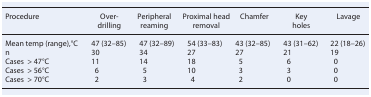
<table><thead><tr><td><b>Procedure</b></td><td><b>Over-drilling</b></td><td><b>Peripheral reaming</b></td><td><b>Proximal head removal</b></td><td><b>Chamfer</b></td><td><b>Key holes</b></td><td><b>Lavage</b></td></tr></thead><tbody><tr><td>Mean temp (range),°C</td><td>47 (32–85)</td><td>47 (32–89)</td><td>54 (33–83)</td><td>43 (32–85)</td><td>43 (31–62)</td><td>22 (18–26)</td></tr><tr><td>n</td><td>30</td><td>34</td><td>27</td><td>27</td><td>21</td><td>19</td></tr><tr><td>Cases &gt; 47°C</td><td>11</td><td>14</td><td>18</td><td>5</td><td>6</td><td>0</td></tr><tr><td>Cases &gt; 56°C</td><td>6</td><td>5</td><td>10</td><td>3</td><td>3</td><td>0</td></tr><tr><td>Cases &gt; 70°C</td><td>2</td><td>3</td><td>4</td><td>2</td><td>0</td><td>0</td></tr></tbody></table>